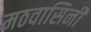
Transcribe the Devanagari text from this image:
मठवासिनी